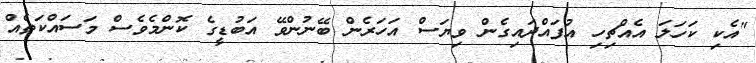
"އެކި ކަހަލަ އެއްޗިހި އުފައްދައިގެން ވިޔަސް އަހަރެން ބޭނުންވޭ އަބުޑީގެ ކޮންމެވެސް މަސައްކަތެއް